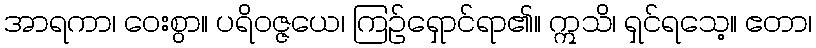
အာရကာ၊ ဝေးစွာ။ ပရိဝဇ္ဇယေ၊ ကြဉ်ရှောင်ရာ၏။ ဣသိ၊ ရှင်ရသေ့။ ဧတာ၊